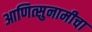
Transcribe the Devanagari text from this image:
आणित्सुनामीचा